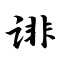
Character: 诽